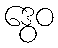
ဒွေဝ